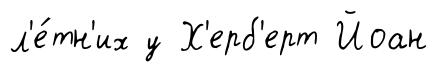
л'е́тн'их у Х'ерб'ерт Йоан